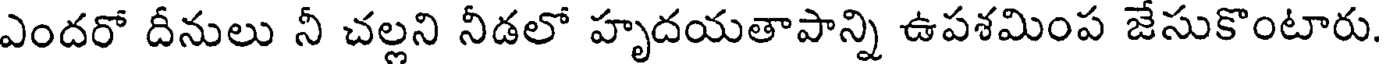
ఎందరో దీనులు నీ చల్లని నీడలో హృదయతాపాన్ని ఉపశమింప జేసుకొంటారు